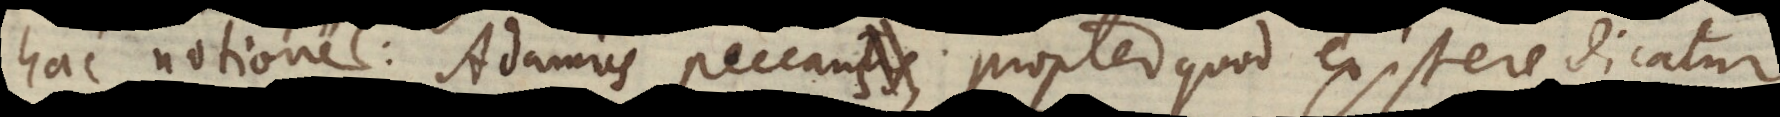
possibili Adamus peccans, propter quod existere dicatur.